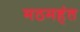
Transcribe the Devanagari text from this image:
मठमहंत